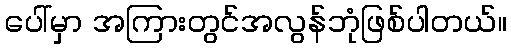
ပေါ်မှာ အကြားတွင်အလွန်ဘုံဖြစ်ပါတယ်။